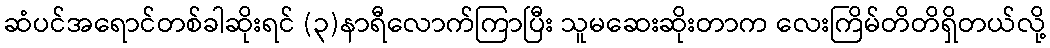
ဆံပင်အရောင်တစ်ခါဆိုးရင် (၃)နာရီလောက်ကြာပြီး သူမဆေးဆိုးတာက လေးကြိမ်တိတိရှိတယ်လို့